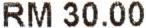
RM 30.00